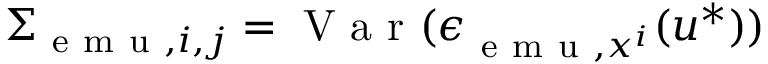
\Sigma _ { \mathrm { ~ e ~ m ~ u ~ } , i , j } = \mathrm { ~ V ~ a ~ r ~ } ( \epsilon _ { \mathrm { ~ e ~ m ~ u ~ } , x ^ { i } } ( u ^ { * } ) )